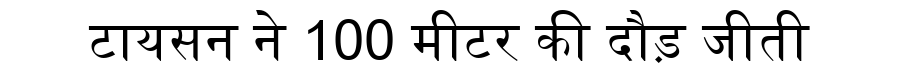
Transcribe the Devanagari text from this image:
टायसन ने 100 मीटर की दौड़ जीती